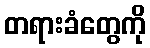
တရားခံတွေကို